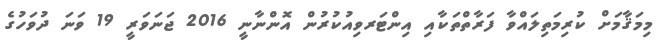
މިމަޤާމަށް ކުރިމަތިލައްވާ ފަރާތްތަކާއި އިންޓަރވިއުކުރުން އޮންނާނީ 2016 ޖަނަވަރީ 19 ވަނަ ދުވަހުގެ